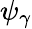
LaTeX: \psi_{\gamma}